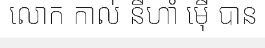
លោក កាល់ នីហាំ ម៉ើ បាន